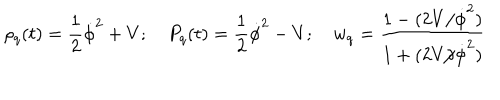
\rho _ { q } ( t ) = \frac { 1 } { 2 } \dot { \phi } ^ { 2 } + V ; \quad P _ { q } ( t ) = \frac { 1 } { 2 } \dot { \phi } ^ { 2 } - V ; \quad w _ { q } = \frac { 1 - ( 2 V / \dot { \phi } ^ { 2 } ) } { 1 + ( 2 V / \dot { \phi } ^ { 2 } ) }